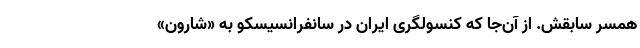
همسر سابقش. از آن‌جا که کنسولگری ایران در سانفرانسیسکو به «شارون»